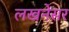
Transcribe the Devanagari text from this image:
लखनेसर